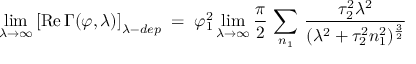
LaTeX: \operatorname * { l i m } _ { \lambda \to \infty } \left[ \mathrm { R e } \, \Gamma ( \varphi , \lambda ) \right] _ { \lambda - d e p } \; = \; \varphi _ { 1 } ^ { 2 } \operatorname * { l i m } _ { \lambda \to \infty } \frac { \pi } { 2 } \, \sum _ { n _ { 1 } } \, \frac { \tau _ { 2 } ^ { 2 } \lambda ^ { 2 } } { ( \lambda ^ { 2 } + \tau _ { 2 } ^ { 2 } n _ { 1 } ^ { 2 } ) ^ { \frac { 3 } { 2 } } } \,